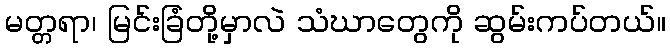
မတ္တရာ၊ မြင်းခြံတို့မှာလဲ သံဃာတွေကို ဆွမ်းကပ်တယ်။